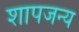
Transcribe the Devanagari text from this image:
शापजन्य